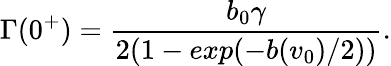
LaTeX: \Gamma(0^{+})=\frac{b_{0}\gamma}{2(1-exp(-b(v_{0})/2))}.